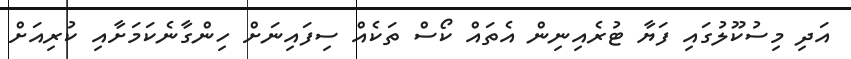
އަދި މިސުކޫލުގައި ފަޔާ ޓުރެއިނިން އެތައް ކޯސް ތަކެއް ސިފައިނަށް ހިންގާނެކަމަށާއި ކުރިއަށް